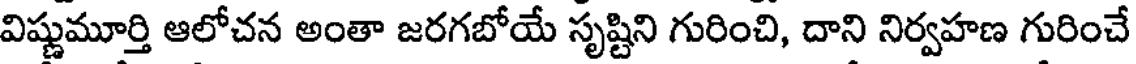
విష్ణుమూర్తి ఆలోచన అంతా జరగబోయే సృష్టిని గురించి, దాని నిర్వహణ గురించే